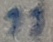
Text: 11